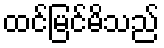
ထင်မြင်မိသည်